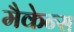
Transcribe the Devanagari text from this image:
मैकेन्स